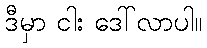
ဒီမှာ ငါး ဒေါ်လာပါ။